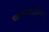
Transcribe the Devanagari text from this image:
करारबद्धतेवर